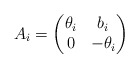
\begin{align*}A_i=\begin{pmatrix}\theta_i&b_i\\ 0&-\theta_i\end{pmatrix}\end{align*}